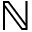
\mathbb { N }